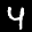
Label: 4